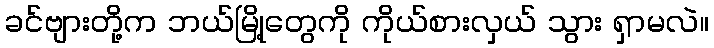
ခင်ဗျားတို့က ဘယ်မြို့တွေကို ကိုယ်စားလှယ် သွား ရှာမလဲ။